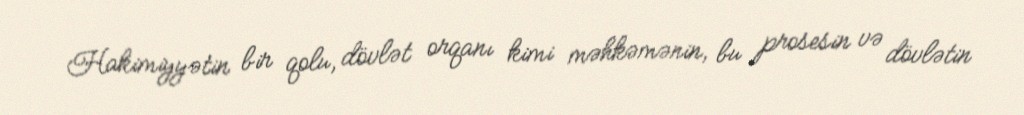
Hakimiyyətin bir qolu, dövlət orqanı kimi məhkəmənin, bu prosesin və dövlətin